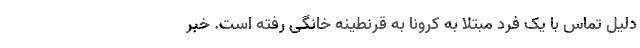
دلیل تماس با یک فرد مبتلا به کرونا به قرنطینه خانگی رفته است. خبر